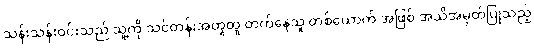
သန်းသန်းဝင်းသည် သူ့ကို သင်တန်းအတူတူ တက်နေသူ တစ်ယောက် အဖြစ် အသိအမှတ်ပြုသည့်